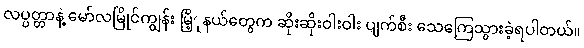
လပ္ပတ္တာနဲ့ မော်လမြိုင်ကျွန်း မြိ့ုနယ်တွေက ဆိုးဆိုးဝါးဝါး ပျက်စီး သေကြေသွားခဲ့ရပါတယ်။